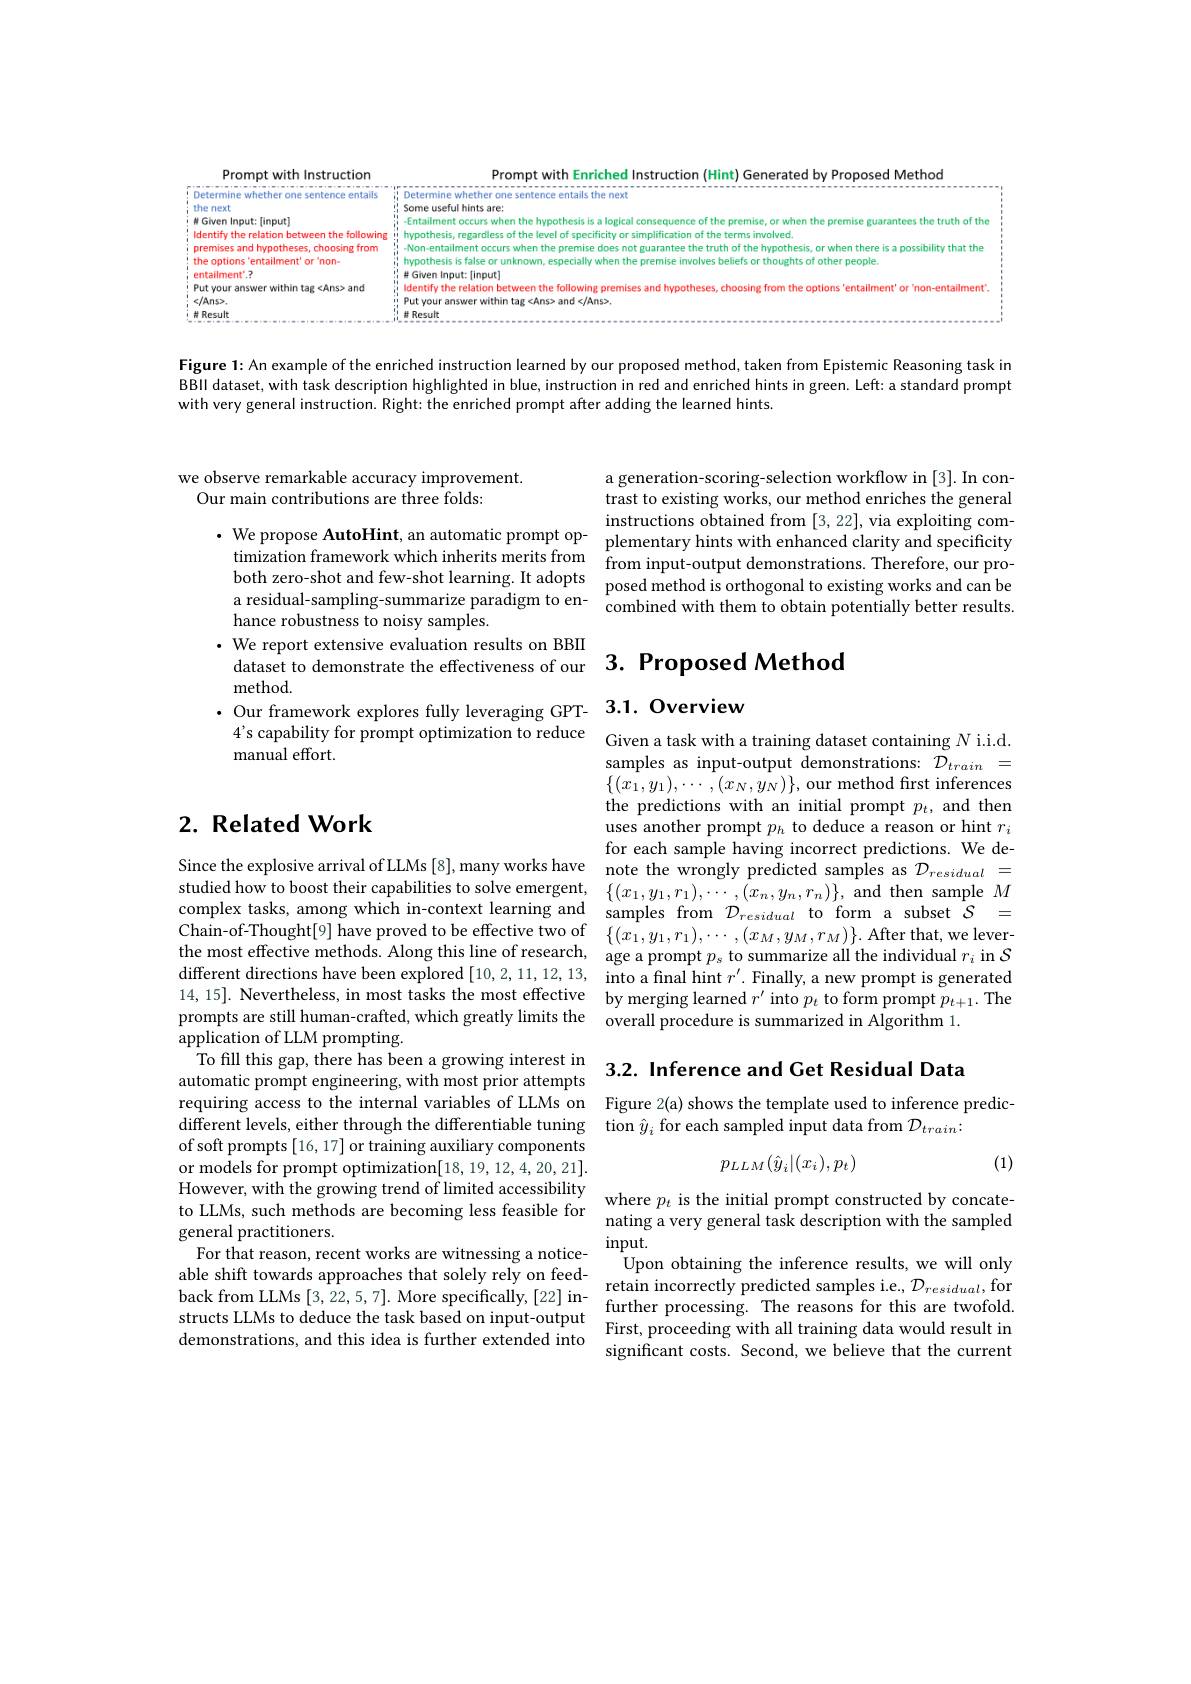
Prompt with Instruction
Prompt with Enriched Instruc
the next
i! Some useful hints are:
M Given Input: [input]
-Entailment occurs when the
Identify the relation between the following $\overset{?!}{\operatorname*{i}}$ hypothesis, regardless of the level of specificity or simplification of the terms involved
Non-entailment occurs when t
premises and hypotheses, cho
the options 'entailment' or'
hypothesis is false or unkno
entailment'.?
Given Input: [input]
Put your answer within tag <
$$\begin{array}{c}{\mathrm{i}}\\{\mathrm{i}}\end{array}$ ldentify the relation between the following premises and hypotheses, choosing from the options 'entallment'or'non-entailment'.\\{\mathrm{i}}\\{\mathrm{i}}\\{\mathrm{i}}\end{array}$
$</Ans>.$ $i$带 Result
$\lim_{-1}^{-1}\frac{dt}{dt}-\frac{dt}{}$

Figure 1: An example of the BBII dataset, with task descr with very general instruction. Right: the enriched prompt after adding the learned hints.

we observe remarkable accuracy improvement.
Our main contributions are t

both zero-shot and few-shot
hance robustness to noisy sa
· We report extensive evalua
dataset to demonstrate the e
method.
·Our framework explores full
4's capability for prompt
manual effort.

## 2. Related Work

application of LLM prompting
To fill this gap, there has automatic prompt engineering, with most prior attempts requiring access to the inte
different levels, either thr
of soft prompts [16, 17] or or models for prompt optimization[18,19,12,4,20,21]. However, with the growing tr to LLMs, such methods are be general practitioners.
For that reason, recent work able shift towards approache abe sint owaus appioaciles uat sotiely redicted samples i.e, $\mathcal{D}_{residual}$, for back from LLMs [3,22,5,7]. More specifically,[22] in- further processing. The reasons for this are twofold.structs LLMs to deduce the task based on input-output First, p
demonstrations, and this ide

a generation-scoring-selecti trast to existing works, our method enriches the general
$\cdot$ We propose AutoHint, an automatic prompt op- $\begin{array}{lll}\text{instructions obtained from~[3,22],~via~exploiting~com-}\\\text{plementary hints with enhanced clarity and specifficity}\end{array}$
timization framework which i
posed method is orthogonal t
a residual-sampling-summariz

samples as input-output demo $\{(x_{1},y_{1}),\cdots,(x_{N},y_{}$ the predictions with an init uses another prompt $p_h$ to for each sample having incor
Since the explosive arrival studied how to boost their c complex tasks, among which i Chain-of-Thought[9] have proved to be effective two of $\{(x_1,y_1,r_1),\cdots,(x_M,y_M,r_M)\}.$ After that, we leverthe most effective methods. different directions have be 14,15]. Nevertheless, in m prompts are still human-craf

3.2. Inference and Cet Resid
$$p_{LLM}(\hat{y}_i|(x_i),p_t)$$
(1)

input.
Upon obtaining the inference results, we will only significant costs. Second, we believe that the current